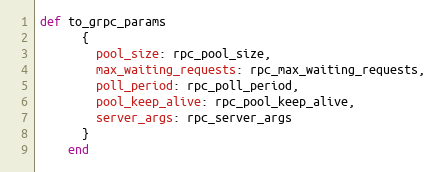
Language: Ruby
def to_grpc_params
      {
        pool_size: rpc_pool_size,
        max_waiting_requests: rpc_max_waiting_requests,
        poll_period: rpc_poll_period,
        pool_keep_alive: rpc_pool_keep_alive,
        server_args: rpc_server_args
      }
    end